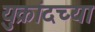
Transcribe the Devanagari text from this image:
युक्रांदच्या